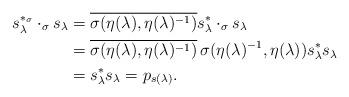
LaTeX: \begin{align*}s_\lambda^{*_\sigma}\cdot_\sigma s_\lambda&=\overline{\sigma(\eta(\lambda),\eta(\lambda)^{-1})}s_\lambda^*\cdot_\sigma s_\lambda\\&=\overline{\sigma(\eta(\lambda),\eta(\lambda)^{-1})}\,\sigma(\eta(\lambda)^{-1},\eta(\lambda))s_\lambda^*s_\lambda\\&=s_\lambda^*s_\lambda=p_{s(\lambda)}.\end{align*}